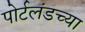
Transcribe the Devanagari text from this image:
पोर्टलंडच्या